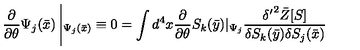
\frac { \partial } { \partial \theta } \Psi _ { j } ( \bar { x } ) \left| _ { \Psi _ { j } ( \bar { x } ) } \equiv 0 = \int d ^ { 4 } x \frac { \partial } { \partial \theta } S _ { k } ( \bar { y } ) | _ { \Psi _ { j } } \frac { { \delta ^ { \prime } } ^ { 2 } \bar { Z } [ S ] } { \delta S _ { k } ( \bar { y } ) \delta S _ { j } ( \bar { x } ) } \right.